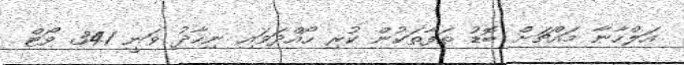
އަލްހާނާ މައްޗަށް ބޮޑު ތަފާތަކުން ކުރި ހޯއްދަވައި ނިހާދު ވަނީ 341 ވޯޓް